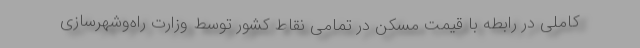
کاملی در رابطه با قیمت مسکن در تمامی نقاط کشور توسط وزارت راه‌وشهرسازی